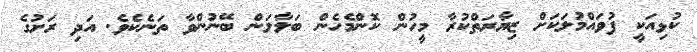
ކުޅިއަކީ ފުވައްމުލަކަށް ޒިޔާރަތްކުރާ މީހުން ކޮންމެހެން ބަލާލަން ބޭނުންވާ ތަނެކެވެ. އަދި ރަށުގެ